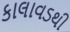
કાલાવડથી